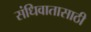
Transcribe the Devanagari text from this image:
संधिवातासाठी